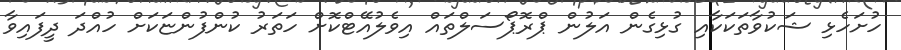
ހުށަހެޅި ޝަކުވާތަކަކާއި ގުޅިގެން އަލުން ޕްރޮޕޯސަލްތައް އިވެލުއޭޓްކޮށް ހަތަރު ކުންފުންޏަކަށް ހުއްދަ ދީފައިވާ